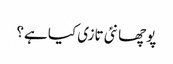
پوچھا نئی تازی کیا ہے؟